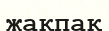
жақпақ